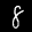
Label: 8